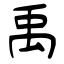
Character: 禹